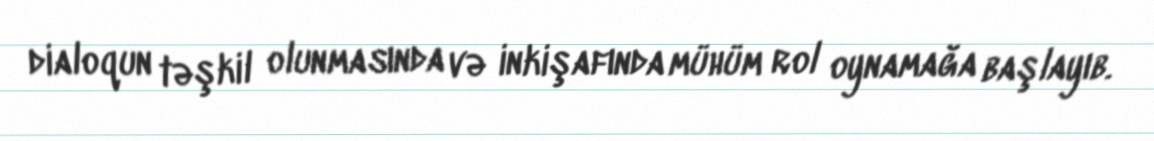
dialoqun təşkil olunmasında və inkişafında mühüm rol oynamağa başlayıb.